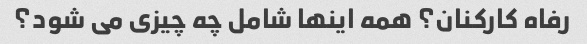
رفاه کارکنان؟ همه اینها شامل چه چیزی می شود؟